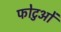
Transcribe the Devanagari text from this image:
फोटुओं